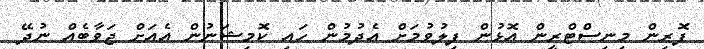
ފޮރިން މިނިސްޓްރީން އޮޅުން ފިލުވުމަށް އެދުމުން ހައި ކޮމިޝަނުން އެއަށް ޖަވާބެއް ނުދޭ